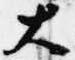
大